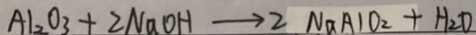
A 1 _ { 2 } O _ { 3 } + 2 N a O H \rightarrow 2 N a A l O _ { 2 } + H _ { 2 } O